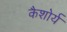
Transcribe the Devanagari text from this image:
कैशोर्य